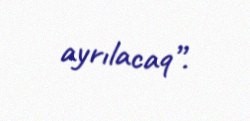
ayrılacaq”.